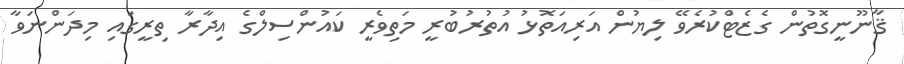
ޤާނޫނީގޮތުން ގެޒެޓްކުރެވޭ ލިޔުން އަރިއަތޮޅު އުތުރުބުރީ މަތިވެރީ ކައުންސިލްގެ އިދާރާ ތިރީގައި މިދަންނަވާ